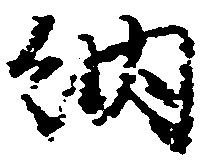
納